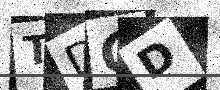
Text: TDOD